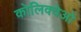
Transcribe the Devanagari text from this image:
कोलिक्वेओ